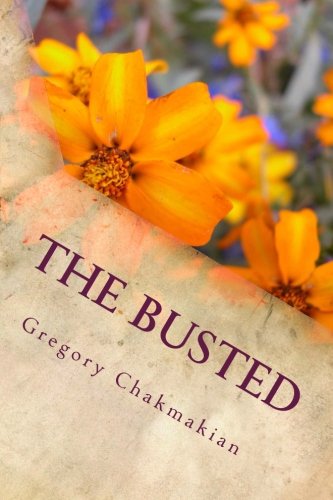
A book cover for The Busted; Gregory Chakmakian; Teen & Young Adult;